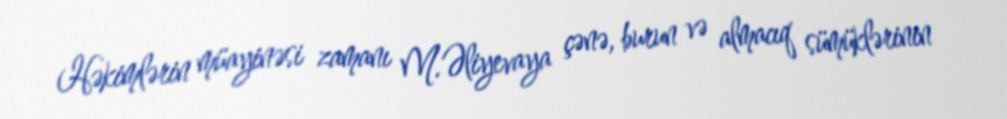
Həkimlərin müayinəsi zamanı M.Əliyevaya çənə, burun və almacıq sümüklərinin